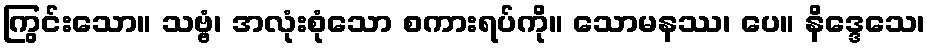
ကြွင်းသော။ သဗ္ဗံ၊ အလုံးစုံသော စကားရပ်ကို။ သောမနဿ၊ ပေ။ နိဒ္ဒေသေ၊